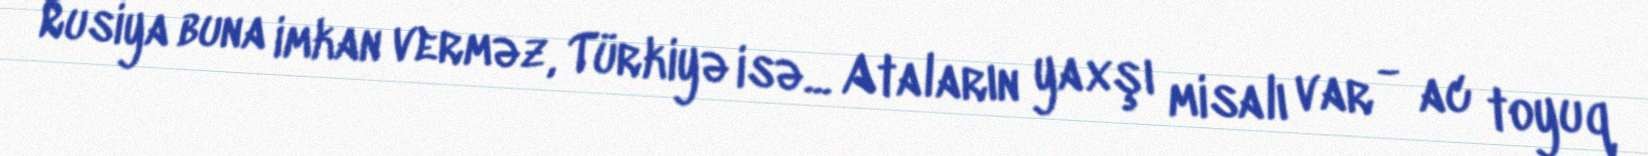
Rusiya buna imkan verməz, Türkiyə isə... Ataların yaxşı misalı var - ac toyuq